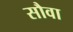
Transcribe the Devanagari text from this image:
सौवा